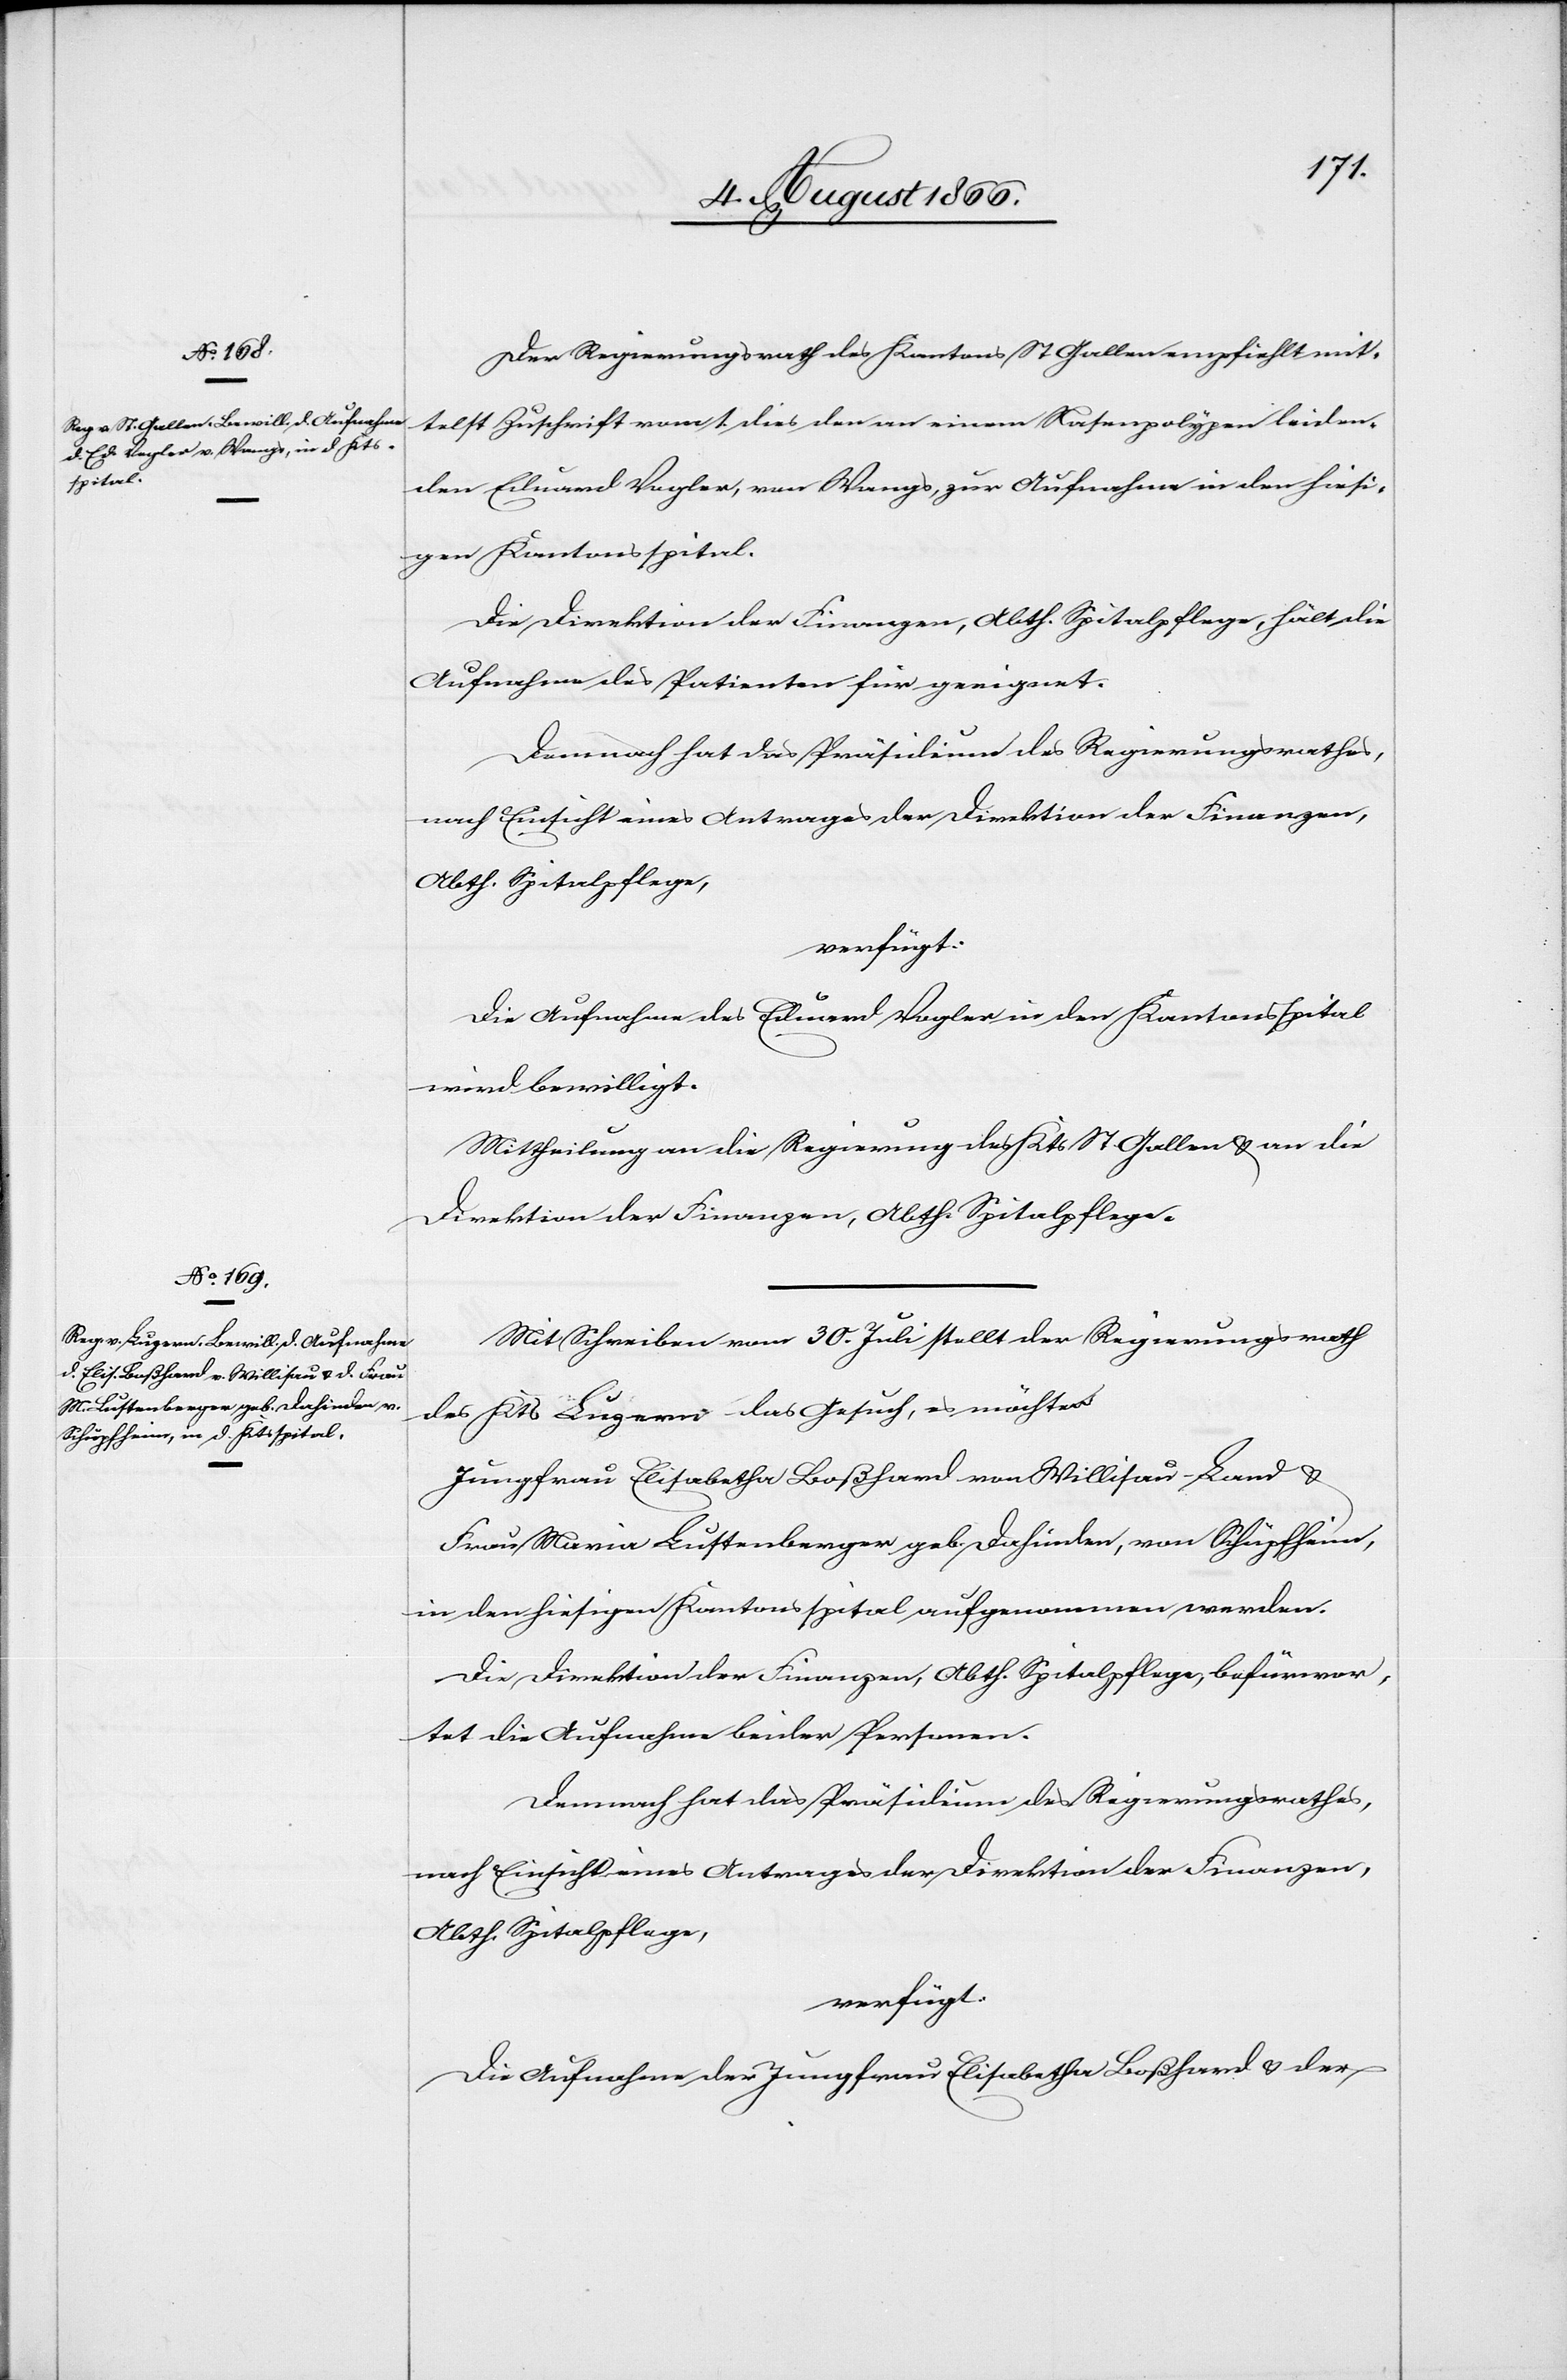
4. August 1866.]
Der Regierungsrath des Kantons St. Gallen empfiehlt mit¬
telst Zuschrift vom 1. dies den an einem Nasenpolypen leiden¬
den Eduard Vogler, von Wangs, zur Aufnahme in den hiesi¬
gen Kantonsspital.
Die Direktion der Finanzen, Abth. Spitalpflege, hält die
Aufnahme des Patienten für geeignet.
Demnach hat das Präsidium des Regierungsrathes,
nach Einsicht eines Antrages der Direktion der Finanzen,
Abth. Spitalpflege,
verfügt:
Die Aufnahme des Eduard Vogler in den Kantonsspital
wird bewilligt.
Mittheilung an die Regierung des Kts. St. Gallen u. an die
Direktion der Finanzen, Abth. Spitalpflege.
Mit Schreiben vom 30. Juli stellt der Regierungsrath
des Kts. Luzern das Gesuch es möchten
Jungfrau Elisabetha Boßhard von Willisau-Land u.
Frau Maria Lustenberger geb. Dahinder, von Schüpfheim,
in den hiesigen Kantonsspital aufgenommen werden.
Die Direktion der Finanzen, Abth. Spitalpflege, befürwor¬
tet die Aufnahme beider Personen.
Demnach hat das Präsidium des Regierungsrathes,
nach Einsicht eines Antrages der Direktion der Finanzen,
Die Aufnahme der Jungfrau Elisabetha Boßhard u. der